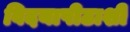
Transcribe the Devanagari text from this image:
विदयापीठाशी